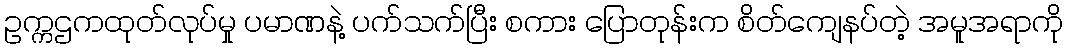
ဥက္ကဌကထုတ်လုပ်မှု ပမာဏနဲ့ ပက်သက်ပြီး စကား ပြောတုန်းက စိတ်ကျေနပ်တဲ့ အမူအရာကို